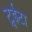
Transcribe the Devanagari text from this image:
ट्रूईटा